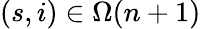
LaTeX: (s,i)\in\Omega(n+1)